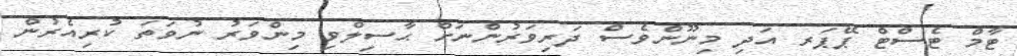
ޓާމް ޓެސްޓް ޕޭޕަރ އަދި މިނޫންވެސް ދަރިވަރުންނަށް ޙާސިލްވި މިންވަރު ނުވަތަ ކުރިއެރުން